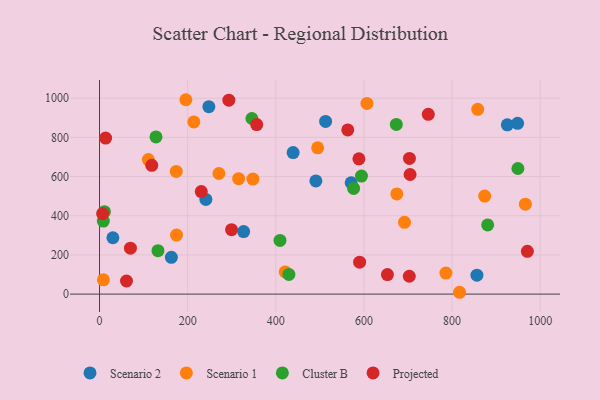
{"axis": {"x": "Study Hours", "y": "Rating"}, "legend": ["Cluster B", "Projected", "Scenario 1", "Scenario 2"], "data": [{"x": "925.4", "y": 864.0, "type": "Scenario 2"}, {"x": "163.0", "y": 187.5, "type": "Scenario 2"}, {"x": "439.3", "y": 722.4, "type": "Scenario 2"}, {"x": "571.0", "y": 568.2, "type": "Scenario 2"}, {"x": "248.1", "y": 956.5, "type": "Scenario 2"}, {"x": "490.9", "y": 577.4, "type": "Scenario 2"}, {"x": "241.3", "y": 483.3, "type": "Scenario 2"}, {"x": "948.7", "y": 871.6, "type": "Scenario 2"}, {"x": "327.0", "y": 319.2, "type": "Scenario 2"}, {"x": "856.4", "y": 96.4, "type": "Scenario 2"}, {"x": "513.0", "y": 881.0, "type": "Scenario 2"}, {"x": "30.3", "y": 287.5, "type": "Scenario 2"}, {"x": "495.0", "y": 746.4, "type": "Scenario 1"}, {"x": "348.1", "y": 586.8, "type": "Scenario 1"}, {"x": "858.2", "y": 942.9, "type": "Scenario 1"}, {"x": "270.9", "y": 615.5, "type": "Scenario 1"}, {"x": "174.1", "y": 626.2, "type": "Scenario 1"}, {"x": "817.0", "y": 9.3, "type": "Scenario 1"}, {"x": "786.0", "y": 107.2, "type": "Scenario 1"}, {"x": "214.0", "y": 878.9, "type": "Scenario 1"}, {"x": "606.8", "y": 972.9, "type": "Scenario 1"}, {"x": "874.0", "y": 500.4, "type": "Scenario 1"}, {"x": "315.7", "y": 589.2, "type": "Scenario 1"}, {"x": "674.6", "y": 511.4, "type": "Scenario 1"}, {"x": "421.3", "y": 113.1, "type": "Scenario 1"}, {"x": "8.8", "y": 72.8, "type": "Scenario 1"}, {"x": "966.4", "y": 459.1, "type": "Scenario 1"}, {"x": "692.1", "y": 366.5, "type": "Scenario 1"}, {"x": "174.7", "y": 301.0, "type": "Scenario 1"}, {"x": "110.7", "y": 686.3, "type": "Scenario 1"}, {"x": "195.9", "y": 992.0, "type": "Scenario 1"}, {"x": "345.7", "y": 896.2, "type": "Cluster B"}, {"x": "128.1", "y": 802.1, "type": "Cluster B"}, {"x": "429.7", "y": 100.3, "type": "Cluster B"}, {"x": "11.1", "y": 420.6, "type": "Cluster B"}, {"x": "880.8", "y": 353.0, "type": "Cluster B"}, {"x": "409.5", "y": 274.0, "type": "Cluster B"}, {"x": "8.6", "y": 372.7, "type": "Cluster B"}, {"x": "594.4", "y": 602.5, "type": "Cluster B"}, {"x": "132.6", "y": 221.4, "type": "Cluster B"}, {"x": "949.4", "y": 640.9, "type": "Cluster B"}, {"x": "576.6", "y": 539.3, "type": "Cluster B"}, {"x": "673.5", "y": 865.9, "type": "Cluster B"}, {"x": "970.9", "y": 218.1, "type": "Projected"}, {"x": "653.3", "y": 99.6, "type": "Projected"}, {"x": "13.8", "y": 796.5, "type": "Projected"}, {"x": "293.5", "y": 989.7, "type": "Projected"}, {"x": "118.5", "y": 657.4, "type": "Projected"}, {"x": "70.1", "y": 234.4, "type": "Projected"}, {"x": "702.9", "y": 91.1, "type": "Projected"}, {"x": "299.6", "y": 328.8, "type": "Projected"}, {"x": "590.2", "y": 162.7, "type": "Projected"}, {"x": "746.0", "y": 917.7, "type": "Projected"}, {"x": "588.6", "y": 690.4, "type": "Projected"}, {"x": "230.9", "y": 523.1, "type": "Projected"}, {"x": "704.7", "y": 610.5, "type": "Projected"}, {"x": "356.7", "y": 865.3, "type": "Projected"}, {"x": "7.0", "y": 410.5, "type": "Projected"}, {"x": "703.3", "y": 692.6, "type": "Projected"}, {"x": "61.2", "y": 66.9, "type": "Projected"}, {"x": "563.3", "y": 837.8, "type": "Projected"}]}